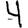
Digit: 4